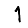
Digit: 1